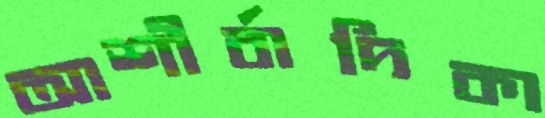
আশীর্বাদিকা